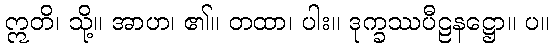
ဣတိ၊ သို့။ အာဟ၊ ၏။ တထာ၊ ပါး။ ဒုက္ခဿပီဠနဋ္ဌော။ ပ။